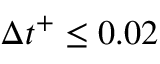
\Delta t ^ { + } \leq 0 . 0 2